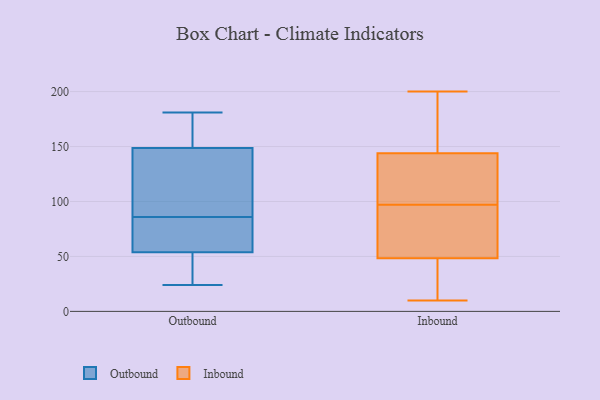
{"axis": {"x": "Revenue (USD Million)", "y": "Value"}, "legend": ["Inbound", "Outbound"], "data": [{"x": "", "y": 47, "type": "Outbound"}, {"x": "", "y": 24, "type": "Outbound"}, {"x": "", "y": 151, "type": "Outbound"}, {"x": "", "y": 153, "type": "Outbound"}, {"x": "", "y": 161, "type": "Outbound"}, {"x": "", "y": 58, "type": "Outbound"}, {"x": "", "y": 56, "type": "Outbound"}, {"x": "", "y": 28, "type": "Outbound"}, {"x": "", "y": 86, "type": "Outbound"}, {"x": "", "y": 106, "type": "Outbound"}, {"x": "", "y": 128, "type": "Outbound"}, {"x": "", "y": 98, "type": "Outbound"}, {"x": "", "y": 148, "type": "Outbound"}, {"x": "", "y": 81, "type": "Outbound"}, {"x": "", "y": 67, "type": "Outbound"}, {"x": "", "y": 25, "type": "Outbound"}, {"x": "", "y": 181, "type": "Outbound"}, {"x": "", "y": 135, "type": "Inbound"}, {"x": "", "y": 147, "type": "Inbound"}, {"x": "", "y": 23, "type": "Inbound"}, {"x": "", "y": 132, "type": "Inbound"}, {"x": "", "y": 186, "type": "Inbound"}, {"x": "", "y": 70, "type": "Inbound"}, {"x": "", "y": 41, "type": "Inbound"}, {"x": "", "y": 162, "type": "Inbound"}, {"x": "", "y": 200, "type": "Inbound"}, {"x": "", "y": 97, "type": "Inbound"}, {"x": "", "y": 10, "type": "Inbound"}, {"x": "", "y": 81, "type": "Inbound"}, {"x": "", "y": 102, "type": "Inbound"}, {"x": "", "y": 11, "type": "Inbound"}, {"x": "", "y": 156, "type": "Inbound"}, {"x": "", "y": 83, "type": "Inbound"}, {"x": "", "y": 39, "type": "Inbound"}, {"x": "", "y": 112, "type": "Inbound"}, {"x": "", "y": 77, "type": "Inbound"}]}